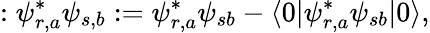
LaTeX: :\psi_{r,a}^{*}\psi_{s,b}:=\psi_{r,a}^{*}\psi_{sb}-\langle 0|\psi_{r,a}^{*}\psi_{sb}|0\rangle,